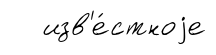
изв'е́стноjе